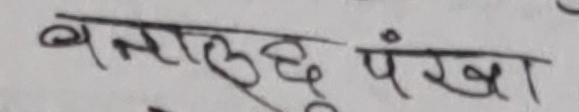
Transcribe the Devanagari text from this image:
बतालु पंखा